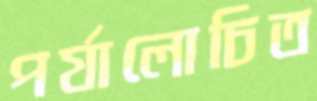
পর্যালোচিত